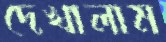
দেখালাম